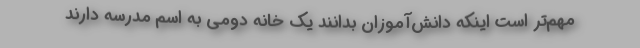
مهم‌تر است اینکه دانش‌آموزان بدانند یک خانه دومی به اسم مدرسه دارند